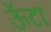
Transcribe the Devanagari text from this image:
ऊँटां